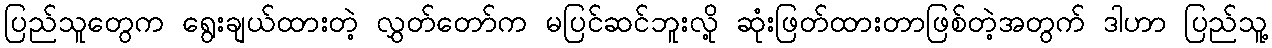
ပြည်သူတွေက ရွေးချယ်ထားတဲ့ လွှတ်တော်က မပြင်ဆင်ဘူးလို့ ဆုံးဖြတ်ထားတာဖြစ်တဲ့အတွက် ဒါဟာ ပြည်သူ့